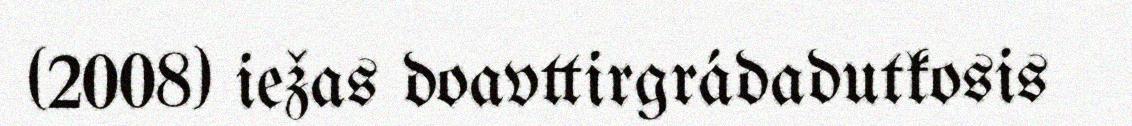
(2008) iežas doavttirgrádadutkosis